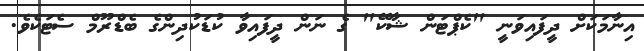
އިނާމަކަށް ދީފައިވަނީ "ކެޕްޓަން ޝާކޭ" ގެ ނަން ދީފައިވާ ކުޑަކުދިންގެ ބެޑްރޫމް ސެޓަކެވެ.